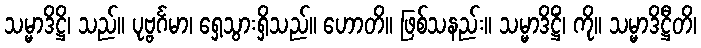
သမ္မာဒိဋ္ဌိ၊ သည်။ ပုဗ္ဗင်္ဂမာ၊ ရှေ့သွားရှိသည်။ ဟောတိ။ ဖြစ်သနည်း။ သမ္မာဒိဋ္ဌိံ၊ ကို။ သမ္မာဒိဋ္ဌီတိ၊